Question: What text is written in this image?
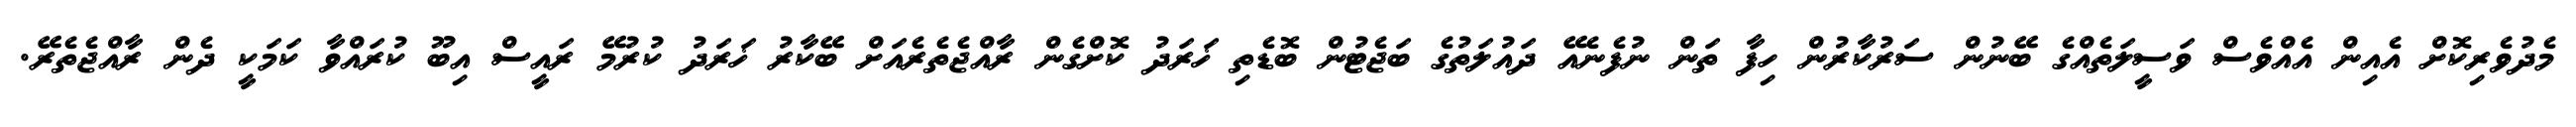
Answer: މެދުވެރިކޮށް އެއިން އެއްވެސް ވަސީލަތެއްގެ ބޭނުން ސަރުކާރުން ހިފާ ތަން ނުފެނެއޭ ދައުލަތުގެ ބަޖެޓުން ބޮޑެތި ޚަރަދު ކޮށްގެން ރާއްޖެތެރެއަށް ބޭކާރު ޚަރަދު ކުރުމޭ ރައީސް އިބޫ ކުރައްވާ ކަމަކީ ދެން ރާއްޖެތެރޭ.